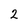
Character: 2